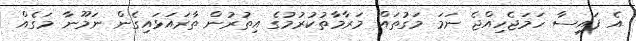
އެ ފައިސާ ހަމަޖެހިއްޖެ ނަމަ މަގުތައް މަރާމާތުކުރުމުގެ އިތުރުން ތާރައަޅައިގެން ނަމޫނާ މަގެއް